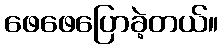
ဖေဖေပြောခဲ့တယ်။